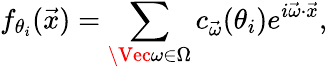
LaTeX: f_{\theta_{i}}(\vec{x})=\sum_{\Vec{\omega}\in\Omega}c_{\vec{\omega}}(\theta_{i})e^{i\vec{\omega}\cdot\vec{x}},